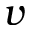
v